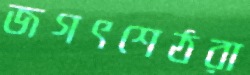
জগৎশেঠরা